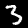
Label: 3